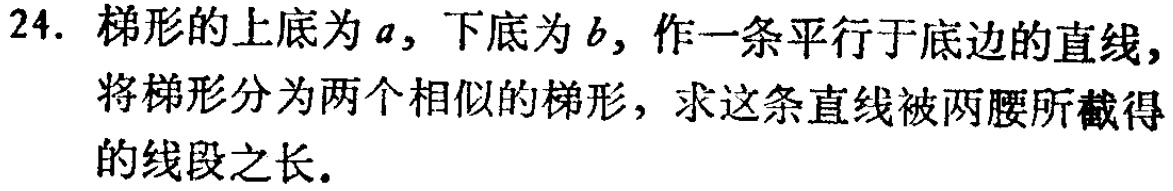
24. 梯形的上底为\(a\)，下底为\(b\)，作一条平行于底边的直线，将梯形分为两个相似的梯形，求这条直线被两腰所截得的线段之长.